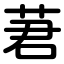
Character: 莙